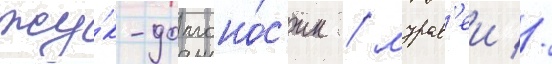
жу́к-долгоно́с'ик / мурав'еи //